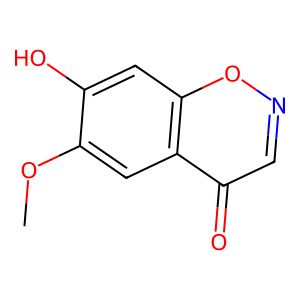
SMILES: COc1cc2c(=O)cnoc2cc1O
Inhibits HIV replication: No